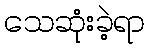
သေဆုံးခဲ့ရာ